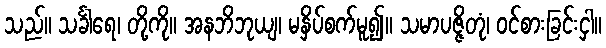
သည်။ သင်္ခါရေ၊ တို့ကို။ အနဘိဘုယျ၊ မနှိပ်စက်မူ၍။ သမာပဇ္ဇိတုံ၊ ဝင်စားခြင်းငှါ။